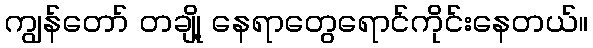
ကျွန်တော် တချို့ နေရာတွေရောင်ကိုင်းနေတယ်။